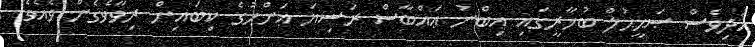
އަދިވެސް ޞަޙީޙުލް ބުޚާރީގައި އިބްނު ޢައްބާސް ރަޟިޔަ ޢަންހުގެ ކިބައިން ރިވާވެގެން ވެއެވެ.